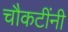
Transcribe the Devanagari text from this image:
चौकटींनी